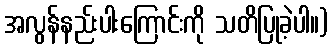
အလွန်နည်းပါးကြောင်းကို သတိပြုခဲ့ပါ။)